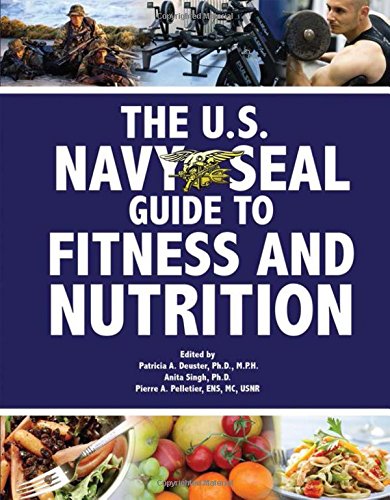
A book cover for The U.S. Navy SEAL Guide to Fitness and Nutrition; History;